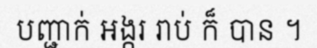
បញ្ជាក់ អង្ករ រាប់ ក៏ បាន ។